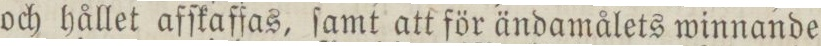
och hållet afſkaffas, ſamt att för ändamålets winnande